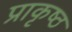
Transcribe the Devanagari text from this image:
प्राकृष्ठ